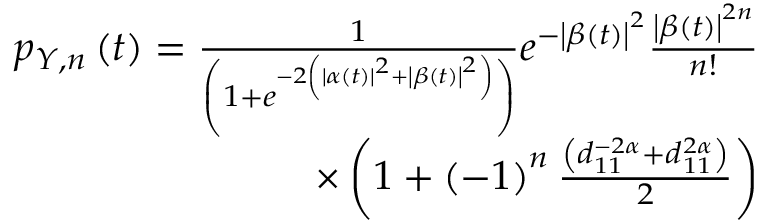
\begin{array} { r } { p _ { Y , n } \left( t \right) = \frac { 1 } { \left( 1 + e ^ { - 2 \left( \left| \alpha \left( t \right) \right| ^ { 2 } + \left| \beta \left( t \right) \right| ^ { 2 } \right) } \right) } e ^ { - \left| \beta \left( t \right) \right| ^ { 2 } } \frac { \left| \beta \left( t \right) \right| ^ { 2 n } } { n ! } } \\ { \times \left( 1 + \left( - 1 \right) ^ { n } \frac { \left( d _ { 1 1 } ^ { - 2 \alpha } + d _ { 1 1 } ^ { 2 \alpha } \right) } { 2 } \right) } \end{array}